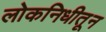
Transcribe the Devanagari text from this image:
लोकनिधीतून